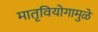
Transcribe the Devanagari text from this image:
मातृवियोगामुळे